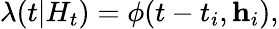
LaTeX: \lambda(t|H_{t})=\phi(t-t_{i},\textbf{h}_{i}),